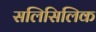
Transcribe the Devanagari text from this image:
सलिसिलिक